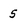
Character: 5